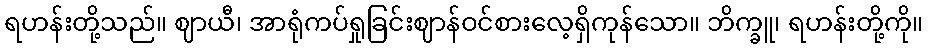
ရဟန်းတို့သည်။ ဈာယီ၊ အာရုံကပ်ရှုခြင်းဈာန်ဝင်စားလေ့ရှိကုန်သော။ ဘိက္ခူ၊ ရဟန်းတို့ကို။